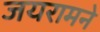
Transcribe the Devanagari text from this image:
जयरामने